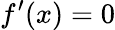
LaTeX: f^{\prime}(x)=0